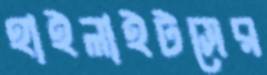
হাইলাইটসের